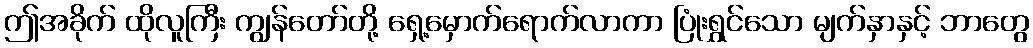
ဤအခိုက် ထိုလူကြီး ကျွန်တော်တို့ ရှေ့မှောက်ရောက်လာကာ ပြုံးရွှင်သော မျက်နှာနှင့် ဘာတွေ